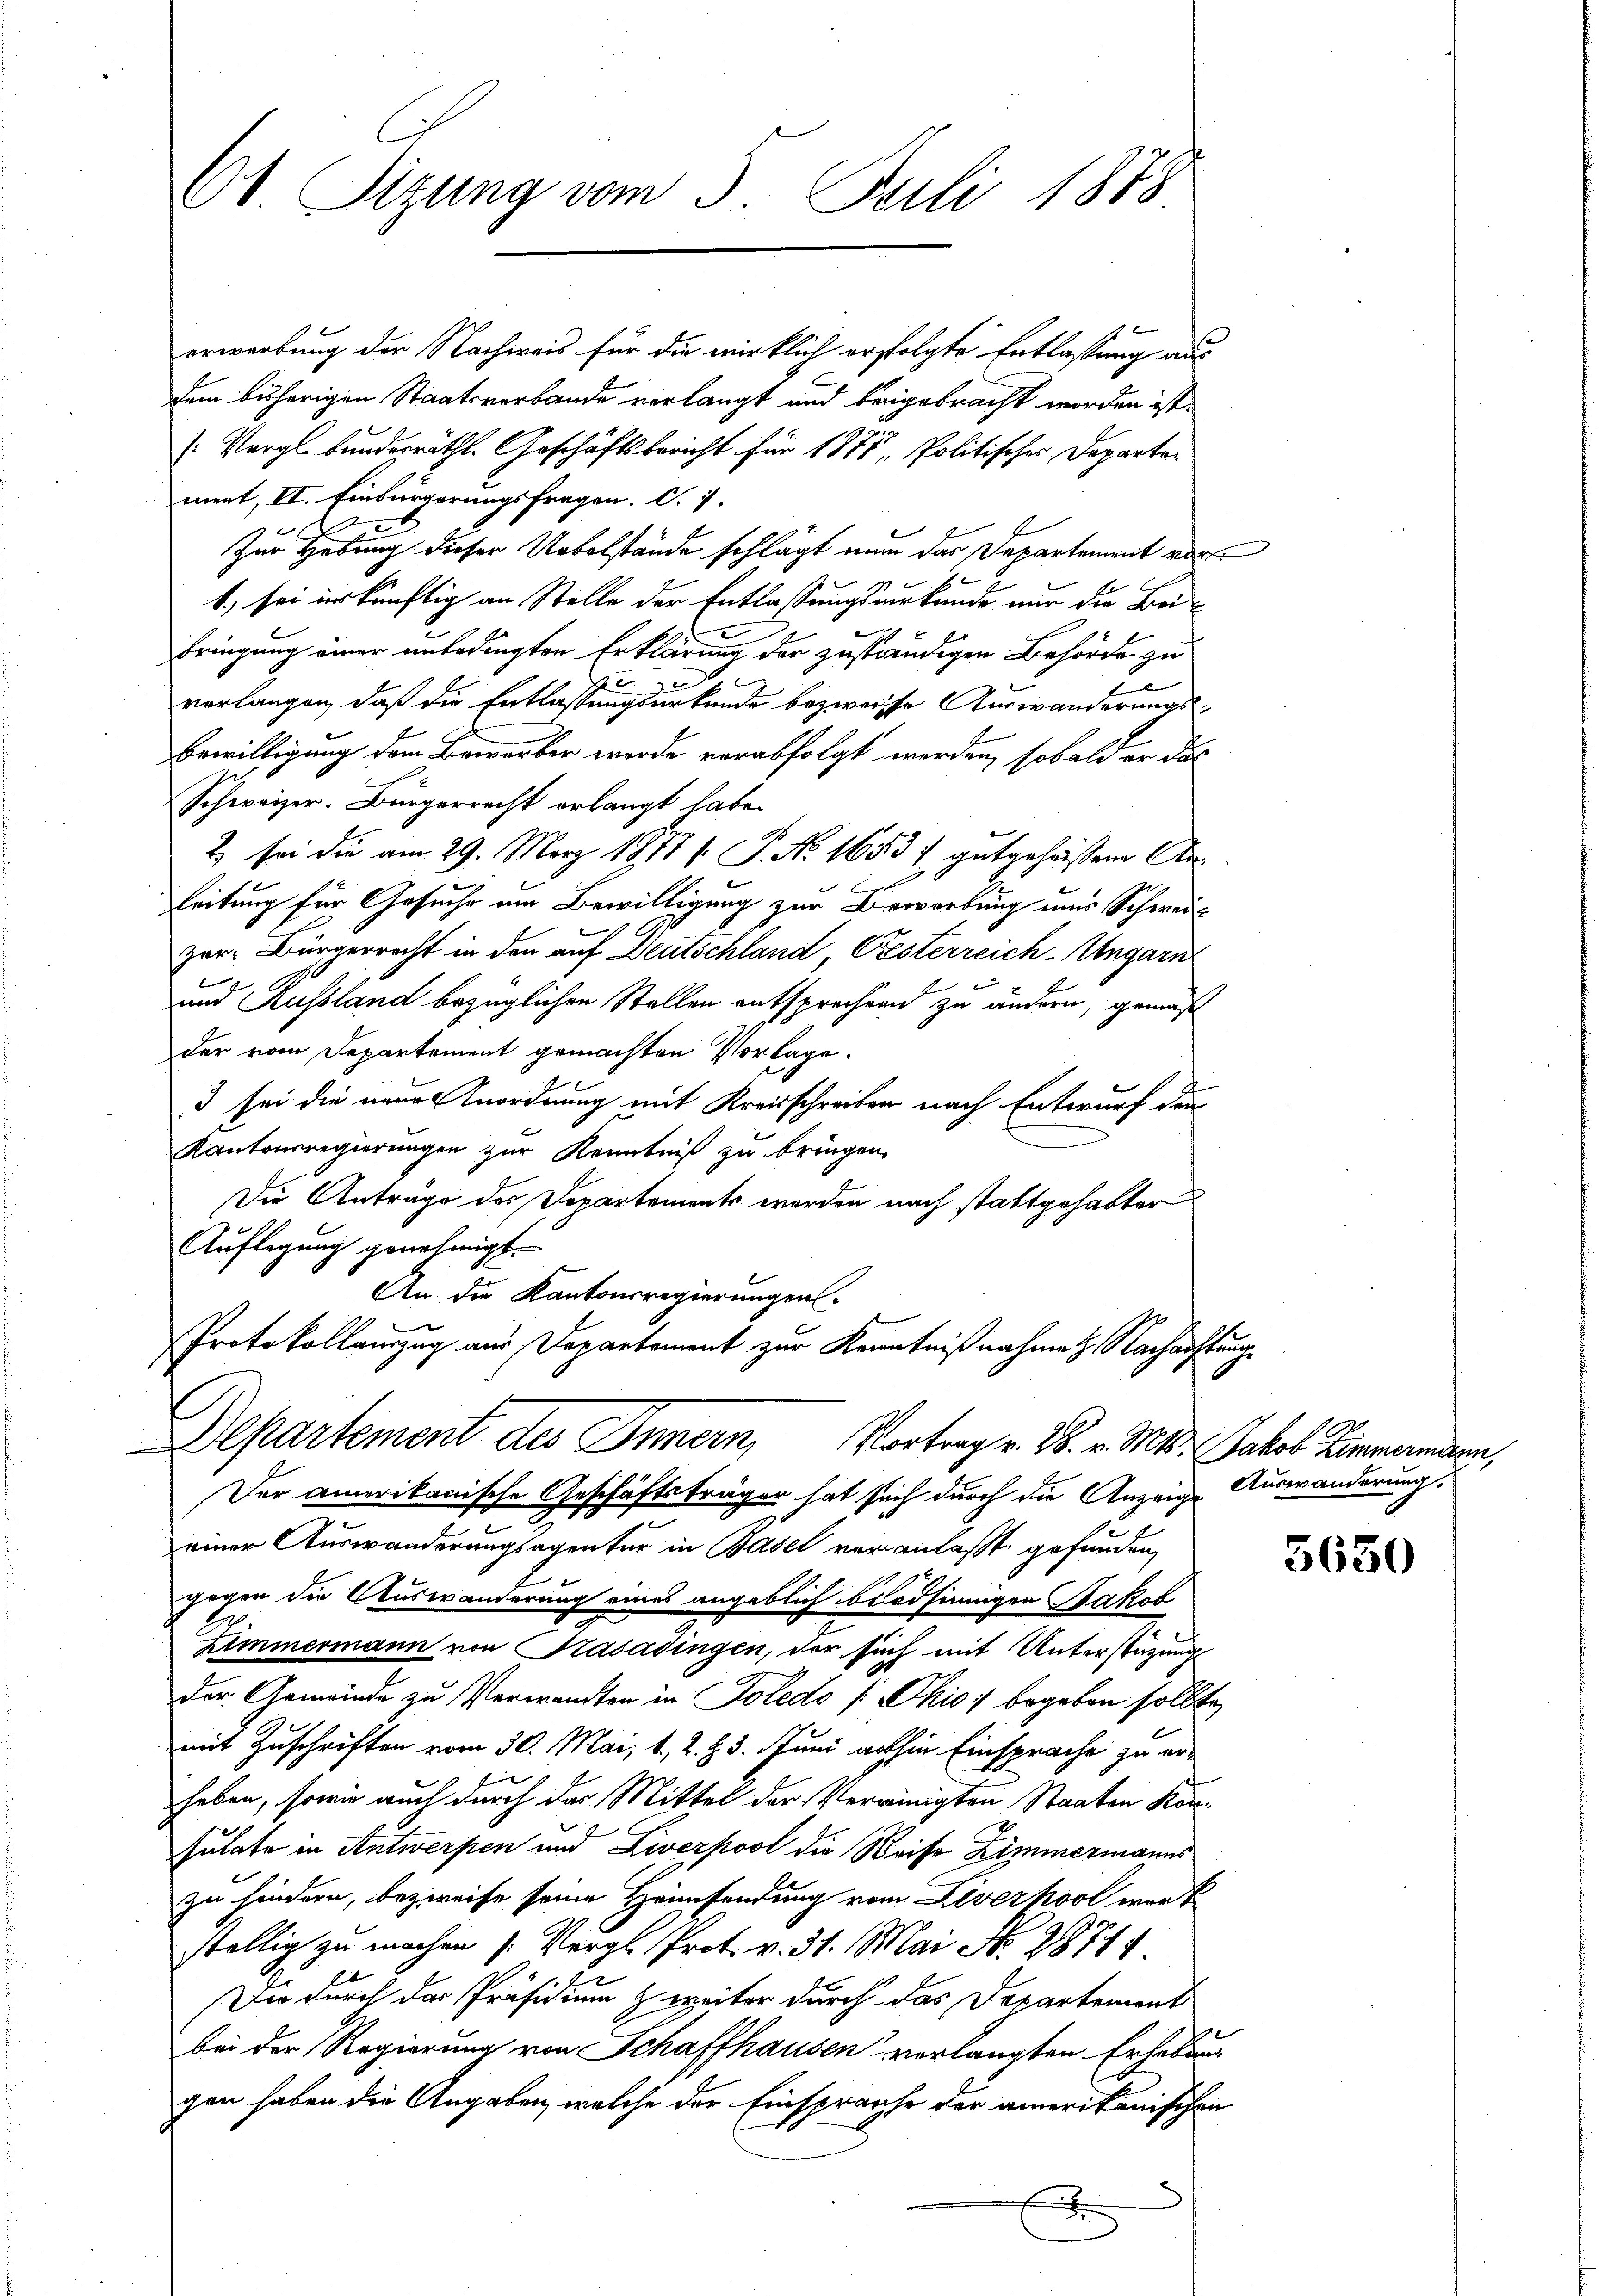
61 Sizung vom 5. Juli 1878

erwerbung der Nachweis für die wirklich erfolgte Entlassung aus
dem bisherigen Staatsverbande verlangt und beigebracht worden ist.
: Vergl. bundesräthl. Geschäftsbericht für 1875, Politisches Departement, II. Einbürgerungsfragen. S. 7.
Zur Hebung dieser Uebelstände schlägt nun das Departement vor
1) sei er künftig an Stelle der Entlassungsurkunde nur die Bei
C
bringung einer unbedingten Erklärung der zuständigen Behörde zu
an
verlangen, daß die Entlassungsurkunde bezweise Auswänderungs¬
Bewilligung dem Bewerber werde verabfolgt werden, sobald er das
Schweizer-Bürgerrecht erlangt habe.
2) sei die am 29. März 1877 /: P. No. 1653 & gutgeheissene An¬
Leitung für Gesuche um Bewilligung zur Bewerbung und Schweiz
zer. Bürgerrecht in den auf Deutschland, Gesterreich-Ungarn
und Russland bezüglichen Stellen entsprechend zu ändern, gemäß
der vom Departement gemachten Vorlage.
3 sei die neue Anordnung mit Kreisschreiben nach Entwurf den
Kantonsregierungen zur Kenntniß zu bringen.
Die Anträge des Departements werden nach stattgehabter
Auflegung genehmigt.
An die Kantonsregierungen.
Protokollauszug aus Departement zur Kenntnißnahme Nachachtung
Departement des Innern, Vortrag v. 28. v. Mts. Jakob Zimmerindern,
Der amerikanische Geschäftsträger hat sich durch die Anzeige Auswanderung.
e
einer Auswanderungsagentur in Basel veranlaßt gefunden,
gegen die Auswanderung eines angeblich blödsinnigen Jakob
Zimmermann von Kasadingen, der sich mit Unterstützung
Der Gemeinde zu Verwandten in Toledo P Ohio begeben sollte,
mit Zuschriften vom 30. Mai, 1., 2. 23. Juni abhin Einsprache zu erheben, sowie auch durch das Mittel der Vereinigten Staaten Konsulate in Antwerpen und Liverpool die Weise Zimmermanns
zu hindern, bezweife seine Heimsendung vom Liverkool wart
stellig zu machen (Vergl. Prot. v. 31. Mai N. 28714.
Die durch der Präsidium & weiter durch das Departement
bei der Regierung von Schaffhausen verlangten Erhebung
gen haben die Angaben, welche der Einsprache der amerikanischen
x

5630